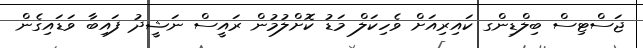
ޖަސްޓިސް ބިލްޑިންގ ކައިރިއަށް ވެހިކަލް މަޑު ކޮށްލުމުން ރައީސް ނަޝީދު ފައިބާ ވަޑައިގެން